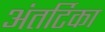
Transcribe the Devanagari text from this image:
अंतर्टिका